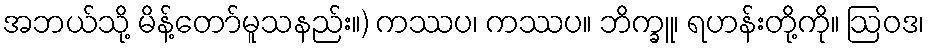
အဘယ်သို့ မိန့်တော်မူသနည်း။) ကဿပ၊ ကဿပ။ ဘိက္ခူ၊ ရဟန်းတို့ကို။ ဩဝဒ၊